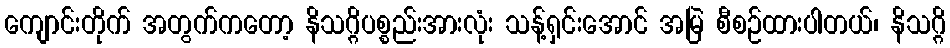
ကျောင်းတိုက် အတွက်ကတော့ နိသဂ္ဂိပစ္စည်းအားလုံး သန့်ရှင်းအောင် အမြဲ စီစဉ်ထားပါတယ်၊ နိသဂ္ဂိ